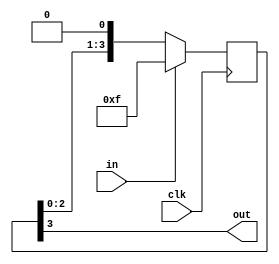
/*
   This file was generated automatically by Alchitry Labs version 1.2.0.
   Do not edit this file directly. Instead edit the original Lucid source.
   This is a temporary file and any changes made to it will be destroyed.
*/

/*
   Parameters:
     STAGES = 4
*/
module reset_conditioner_1 (
    input clk,
    input in,
    output reg out
  );
  
  localparam STAGES = 3'h4;
  
  
  reg [3:0] M_stage_d, M_stage_q = 4'hf;
  
  always @* begin
    M_stage_d = M_stage_q;
    
    M_stage_d = {M_stage_q[0+2-:3], 1'h0};
    out = M_stage_q[3+0-:1];
  end
  
  always @(posedge clk) begin
    if (in == 1'b1) begin
      M_stage_q <= 4'hf;
    end else begin
      M_stage_q <= M_stage_d;
    end
  end
  
endmodule